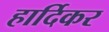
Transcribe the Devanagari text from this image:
हार्दिकर